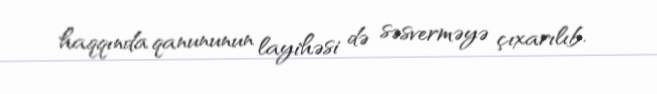
haqqında qanununun layihəsi də səsverməyə çıxarılıb.